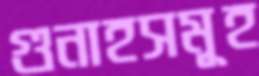
গুনাহসমূহ